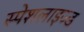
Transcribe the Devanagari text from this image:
स्पेशलाइज्ड